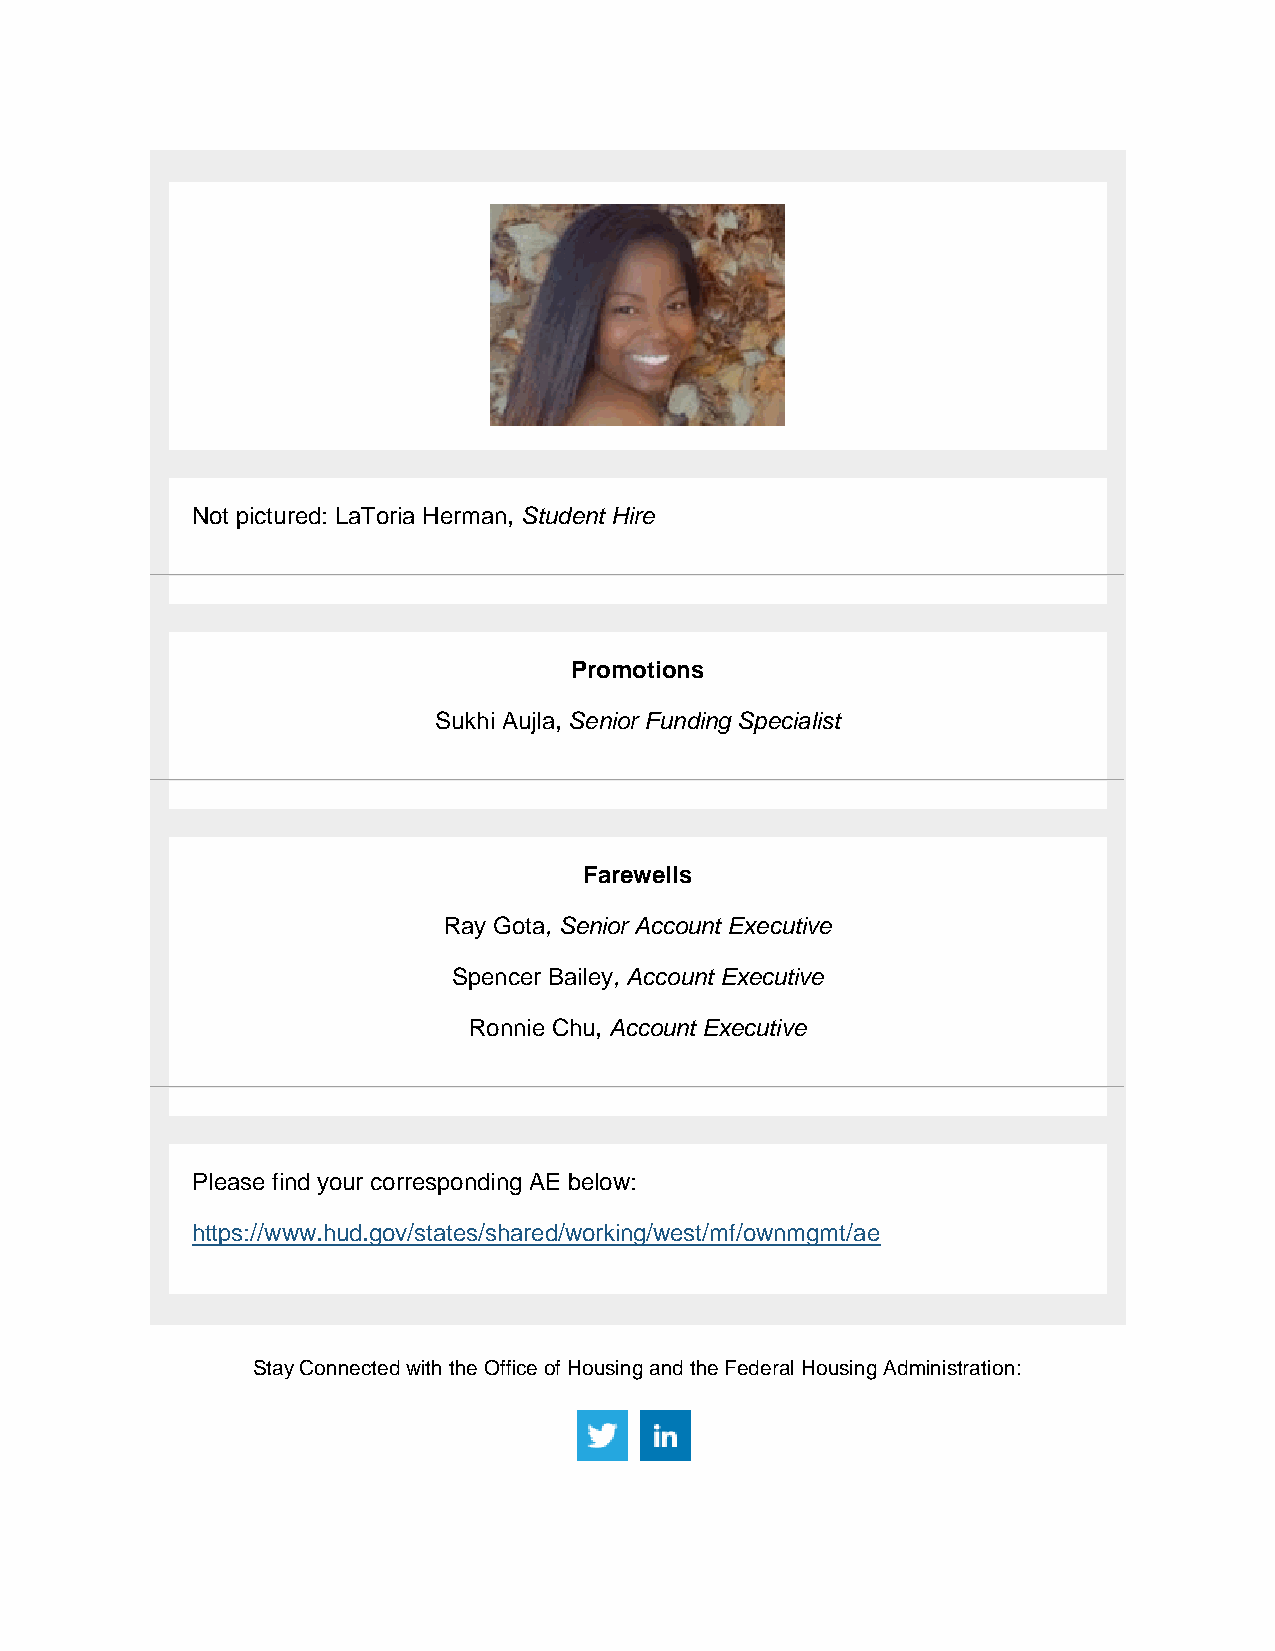
Not pictured: LaToria Herman, Student Hire
 Promotions
 Sukhi Aujla, Senior Funding Specialist
 Farewells
 Ray Gota, Senior Account Executive
 Spencer Bailey, Account Executive
 Ronnie Chu, Account Executive
 Please find your corresponding AE below:
 https://www.hud.gov/states/shared/working/west/mf/ownmgmt/ae
 Stay Connected with the Office of Housing and the Federal Housing Administration: